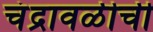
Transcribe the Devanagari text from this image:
चंद्रावळीची